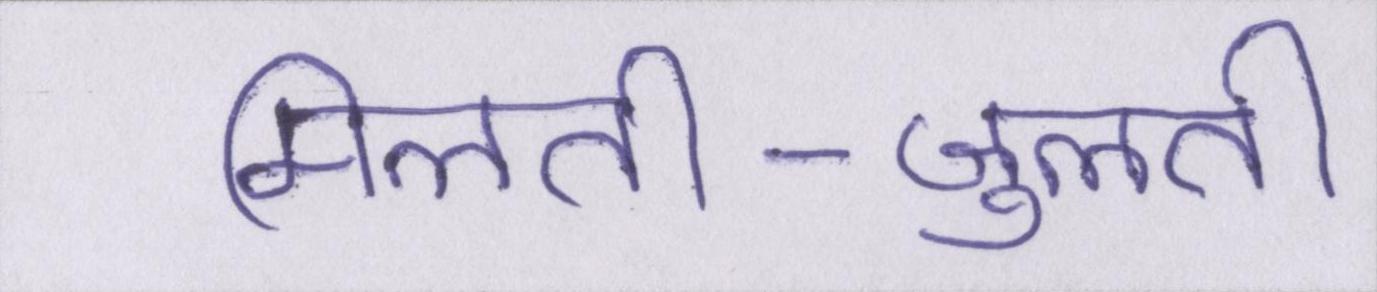
मिलती-जुलती